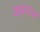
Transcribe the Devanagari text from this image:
सइयान